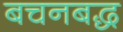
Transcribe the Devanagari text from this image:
बचनबद्ध